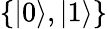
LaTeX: \left\{ \left|0\right\rangle,\left|1\right\rangle\right\}